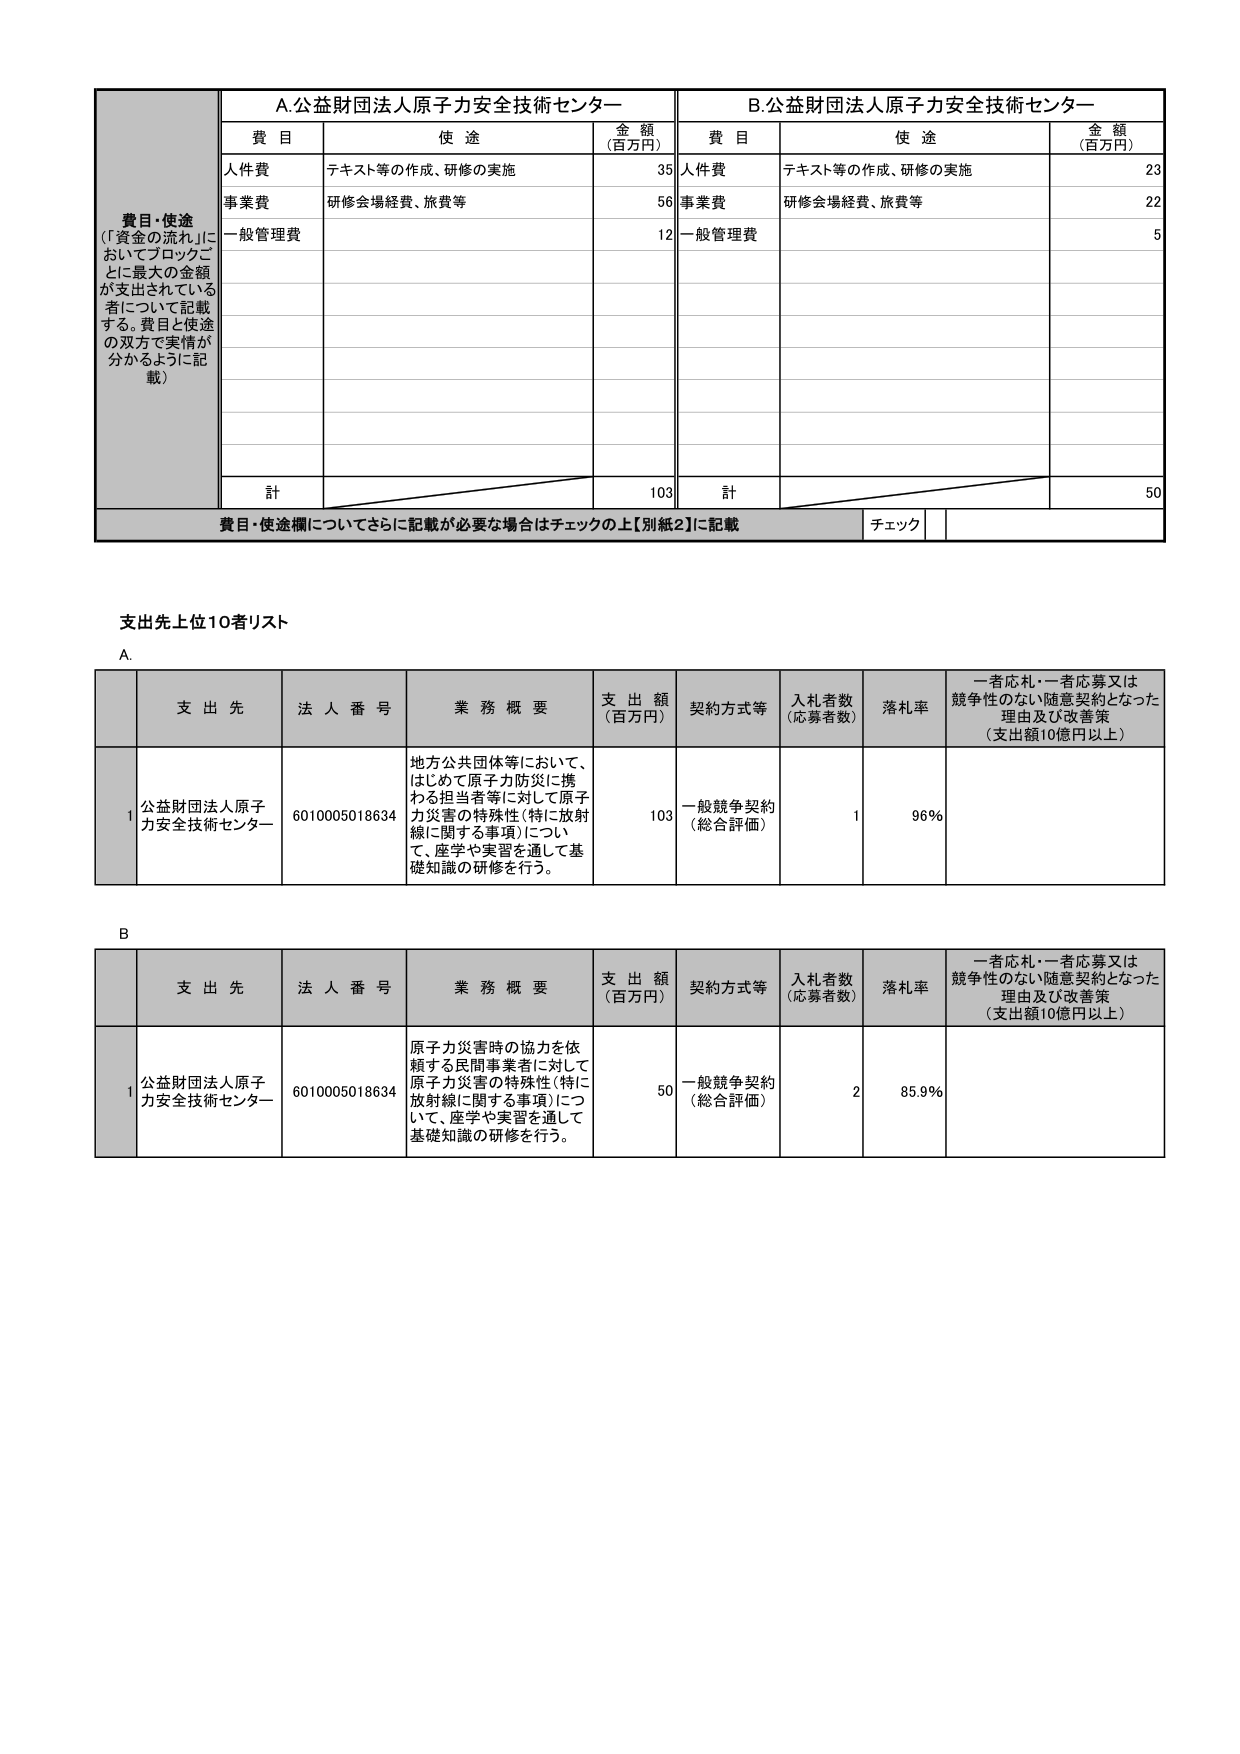
費目・使途
（「資金の流れ」においてブロックごとに最大の金額が支出されている者について記載する。費目と使途の双方で実情が分かるように記載）

A. 公益財団法人原子力安全技術センター
費目 使途 金額（百万円）
人件費 テキスト等の作成、研修の実施 35
事業費 研修会場経費、旅費等 56
一般管理費 12
計 103

B. 公益財団法人原子力安全技術センター
費目 使途 金額（百万円）
人件費 テキスト等の作成、研修の実施 23
事業費 研修会場経費、旅費等 22
一般管理費 5
計 50

費目・使途欄についてさらに記載が必要な場合はチェックの上【別紙2】に記載
チェック

支出先上位10者リスト

A.
支出先 法人番号 業務概要 支出額（百万円） 契約方式等 入札者数（応募者数） 落札率 一者応札・一者応募又は競争性のない随意契約となった理由及び改善策（支出額10億円以上）
1 公益財団法人原子力安全技術センター 6010005018634 地方公共団体等において、はじめて原子力防災に携わる担当者等に対して原子力災害の特殊性（特に放射線に関する事項）について、座学や実習を通して基礎知識の研修を行う。 103 一般競争契約（総合評価） 1 96％

B.
支出先 法人番号 業務概要 支出額（百万円） 契約方式等 入札者数（応募者数） 落札率 一者応札・一者応募又は競争性のない随意契約となった理由及び改善策（支出額10億円以上）
1 公益財団法人原子力安全技術センター 6010005018634 原子力災害時の協力を依頼する民間事業者に対して原子力災害の特殊性（特に放射線に関する事項）について、座学や実習を通して基礎知識の研修を行う。 50 一般競争契約（総合評価） 2 85.9％